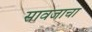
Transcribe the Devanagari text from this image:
सावजाचा